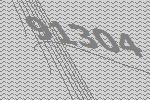
91304